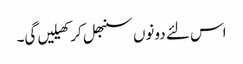
اس لئے دونوں سنبھل کر کھیلیں گی۔